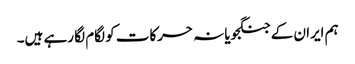
ہم ایران کے جنگجویانہ حرکات کو لگام لگا رہے ہیں۔